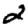
Digit: 2